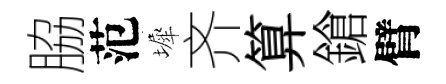
脇范墀齐算鎗臂